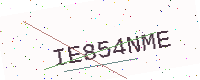
Text: IE854NME